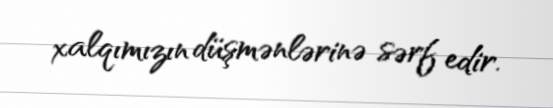
xalqımızın düşmənlərinə sərf edir.